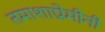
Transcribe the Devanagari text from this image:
तमाशाप्रेमीनी